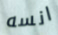
انسه